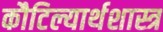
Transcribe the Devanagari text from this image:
कौटिल्यार्थशास्त्र